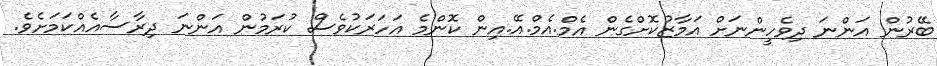
ބޭރުން އަންނަ ދިވެހީންނަށް އަމާޒުކޮށްގެން އެމް.އެމް.އޭ.އިން ކޮންމެ އަހަރަކުވެސް ކުރަމުން އަންނަ ދިރާސާއެއްކަމަށެވެ.